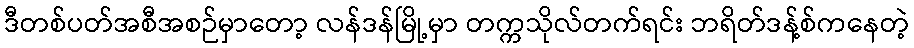
ဒီတစ်ပတ်အစီအစဉ်မှာတော့ လန်ဒန်မြို့မှာ တက္ကသိုလ်တက်ရင်း ဘရိတ်ဒန့်စ်ကနေတဲ့